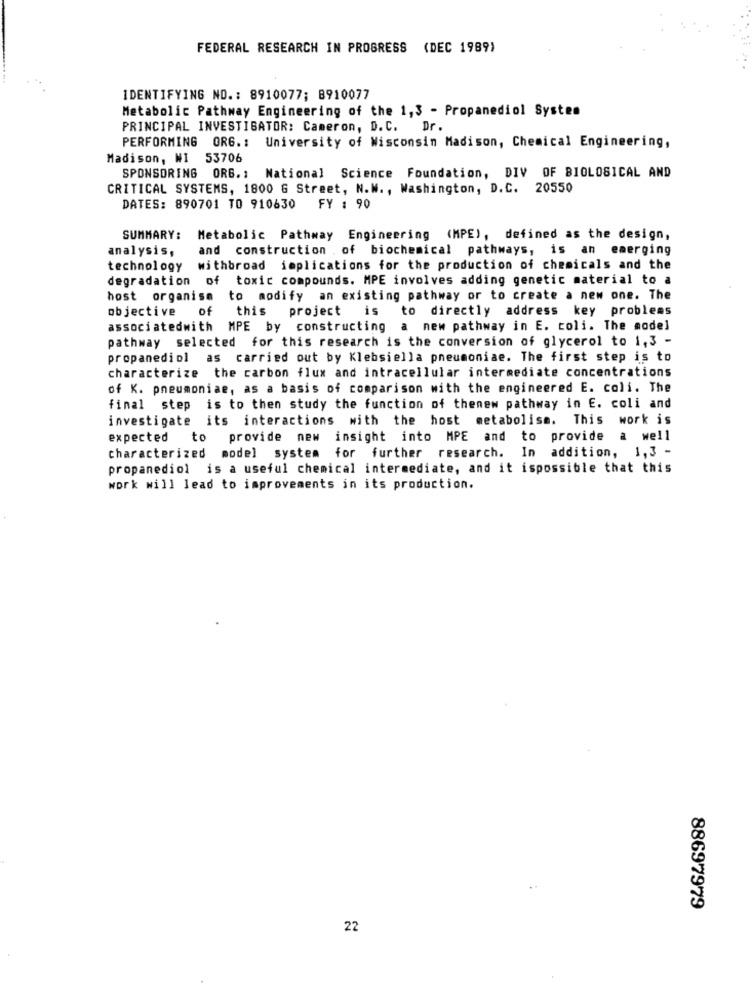
FEDERAL RESEARCH IN PROGRESS (DEC 1989)
IDENTIFYING NO .: 8910077; 8910077
Metabolic Pathway Engineering of the 1,3 - Propanediol System
PRINCIPAL INVESTIGATOR: Cameron, D.C.
Dr.
PERFORMING ORG .: University of Wisconsin Madison, Chemical Engineering,
Madison, WI 53706
SPONSORING ORG. : National Science Foundation, DIV OF BIOLOGICAL AND
CRITICAL SYSTEMS, 1800 G Street, N.W ., Washington, D.C. 20550
DATES: 890701 TO 910630 FY : 90
SUMMARY:
Metabolic Pathway Engineering (MPE), defined as the design,
analysis,
and construction . of biochemical pathways, is an emerging
technology
withbroad implications for the production of chemicals and the
degradation of toxic compounds. MPE involves adding genetic material to a
host organism to modify an existing pathway or to create a new one. The
objective
project is
to directly address key problems
of this
associatedwith MPE by constructing a new pathway in E. coli. The model
pathway selected for this research is the conversion of glycerol to 1,3 -
propanediol as carried out by Klebsiella pneumoniae. The first step is to
characterize the carbon flux and intracellular intermediate concentrations
of K. pneumoniae, as a basis of comparison with the engineered E. coli. The
final step is to then study the function of thenew pathway in E. coli and
investigate its interactions with the host metabolism. This work is
expected
to
provide new
insight into MPE and to provide a well
characterized model system for further research. In addition, 1,3 -
propanediol is a useful chemical intermediate, and it ispossible that this
work will lead to improvements in its production.
88697979
22